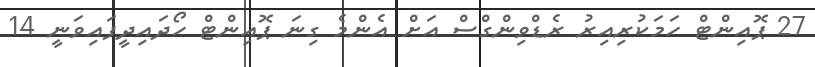
27 ޕޮއިންޓް ހަމަކުރިއިރު ރެޑްވިންގްސް އަށް އެންމެ ގިނަ ޕޮއިންޓް ހޯދައިދީފައިވަނީ 14